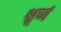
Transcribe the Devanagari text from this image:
श्रृणं